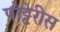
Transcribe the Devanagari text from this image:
पोट्टेरीस